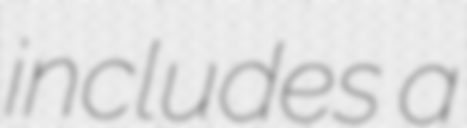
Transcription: includes a